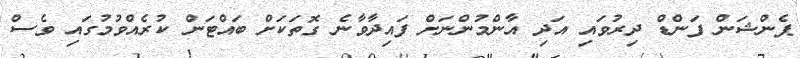
ޕެންޝަން ފަންޑް ދިރުވައި އަދި އާންމުންނަށް ފައިދާވާނެ ގޮތަކަށް ބައްޓަން ކުރެއްވުމުގައި ވެސް